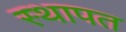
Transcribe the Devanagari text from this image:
स्थापत